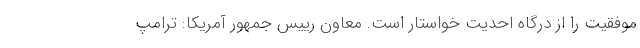
موفقیت را از درگاه احدیت خواستار است. معاون رییس جمهور آمریکا: ترامپ